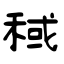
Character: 稢